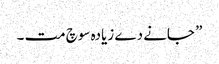
” جانے دے زیادہ سوچ مت ۔